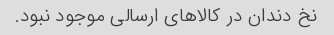
نخ دندان در کالاهای ارسالی موجود نبود.